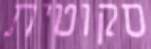
סקוטית